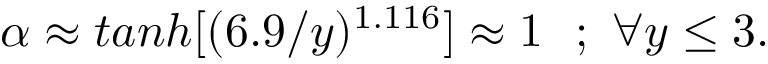
\alpha \approx t a n h [ ( 6 . 9 / y ) ^ { 1 . 1 1 6 } ] \approx 1 ~ ~ ; ~ \forall y \le 3 .